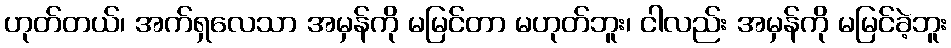
ဟုတ်တယ်၊ အက်ရှလေသာ အမှန်ကို မမြင်တာ မဟုတ်ဘူး၊ ငါလည်း အမှန်ကို မမြင်ခဲ့ဘူး